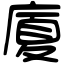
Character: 廈